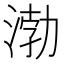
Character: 渤